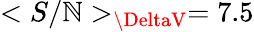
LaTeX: <S/\mathbb{N}>_{\DeltaV}=7.5